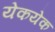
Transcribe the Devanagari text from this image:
येकयेक